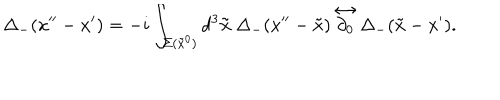
\Delta _ { - } ( x ^ { \prime \prime } - x ^ { \prime } ) = - i \int _ { \Sigma ( \tilde { x } ^ { 0 } ) } d ^ { 3 } { \bf \tilde { x } } \hspace { 0 . 2 5 e m } \Delta _ { - } ( x ^ { \prime \prime } - \tilde { x } ) \stackrel { \leftrightarrow } { \partial _ { 0 } } \Delta _ { - } ( \tilde { x } - x ^ { \prime } ) .